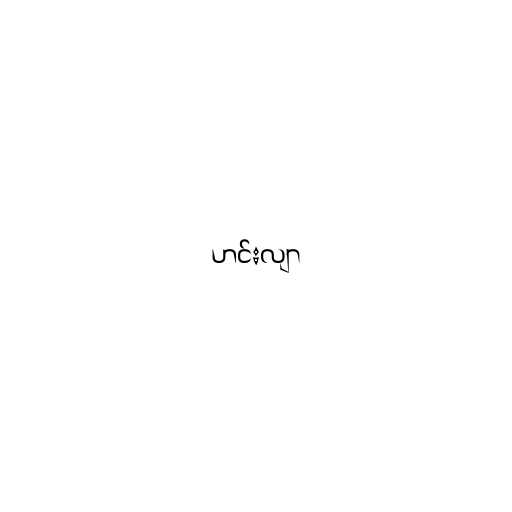
ဟင်းလျာ